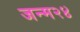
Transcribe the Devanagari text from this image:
जन्म२४